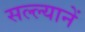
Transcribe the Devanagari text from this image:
सल्ल्यानें